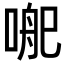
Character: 𭉄